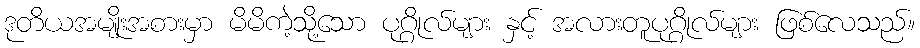
ဒုတိယအမျိုးအစားမှာ မိမိကဲ့သို့သော ပုဂ္ဂိုလ်များ နှင့် အလားတူပုဂ္ဂိုလ်များ ဖြစ်လေသည်။